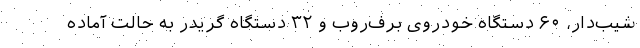
شیب‌دار، ۶۰ دستگاه خودروی برف‌روب و ۳۲ دستگاه گریدر به حالت آماده